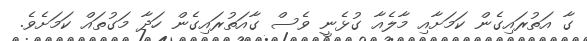
ގާ އަތުރައިގެން ކަމަށާއި މާލެއާ ގުޅެނީ ވެސް ގާއަތުރައިގެން ހަދާ މަގުތައް ކަމަށެވެ.